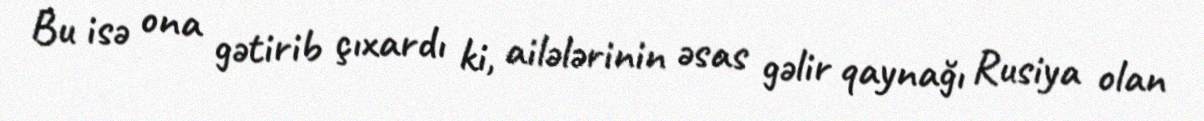
Bu isə ona gətirib çıxardı ki, ailələrinin əsas gəlir qaynağı Rusiya olan